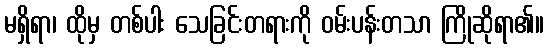
မရှိရာ၊ ထိုမှ တစ်ပါး သေခြင်းတရားကို ဝမ်းပန်းတသာ ကြိုဆိုရာ၏။